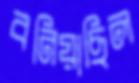
বনিয়াছিল